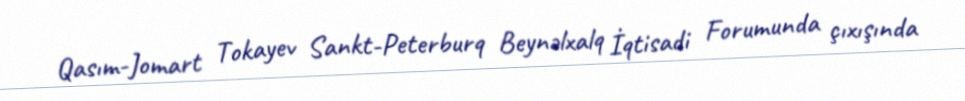
Qasım-Jomart Tokayev Sankt-Peterburq Beynəlxalq İqtisadi Forumunda çıxışında